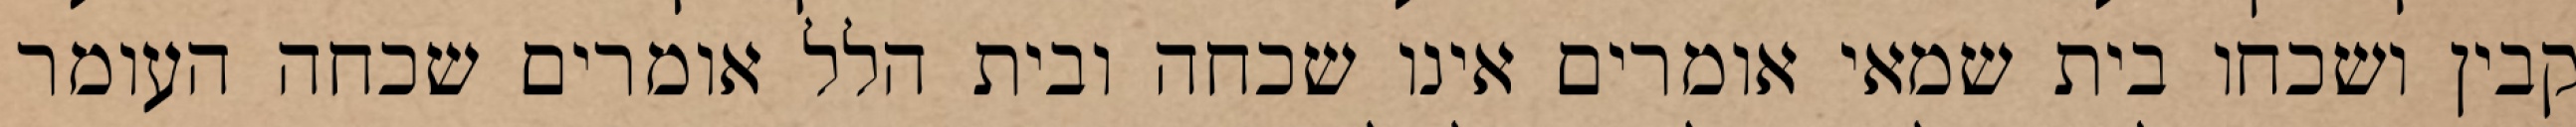
קבין ושכחו בית שמאי אומרים אינו שכחה ובית הלל אומרים שכחה העומר